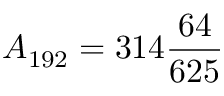
{ } A _ { 1 9 2 } = 3 1 4 { \frac { 6 4 } { 6 2 5 } }